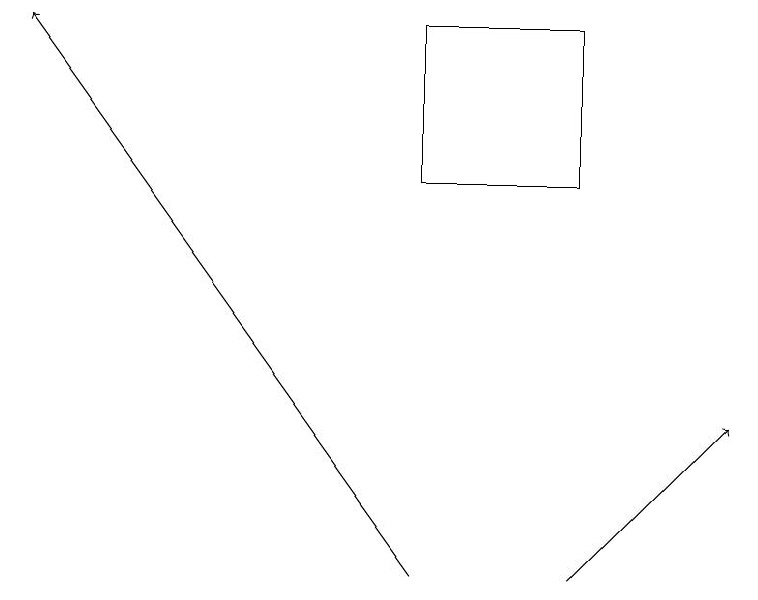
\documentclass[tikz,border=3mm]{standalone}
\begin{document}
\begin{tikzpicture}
\draw[->] (5,12) -- (0,19);
\draw (7,19) rectangle (5,17);
\draw[->] (7,12) -- (9,14);
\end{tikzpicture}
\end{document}